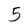
Character: 3